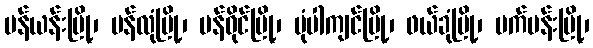
ပန်ယန်းမြို့၊ ပန်လုံမြို့၊ ပန်ဝိုင်မြို့၊ ပုံပါကျင်မြို့၊ ဖယ်ခုံမြို့၊ မက်မန်းမြို့၊